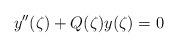
LaTeX: \begin{align*} y''(\zeta) + Q(\zeta) y(\zeta)=0\end{align*}